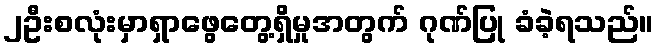
၂ဦးစလုံးမှာရှာဖွေတွေ့ရှိမှုအတွက် ဂုဏ်ပြု ခံခဲ့ရသည်။